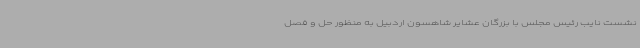
نشست نایب رئیس مجلس با بزرگان عشایر شاهسون اردبیل به منظور حل و فصل